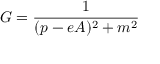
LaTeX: G = \frac { 1 } { ( p - e A ) ^ { 2 } + m ^ { 2 } }